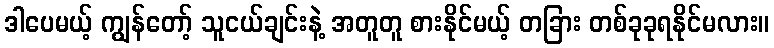
ဒါပေမယ့် ကျွန်တော့် သူငယ်ချင်းနဲ့ အတူတူ စားနိုင်မယ့် တခြား တစ်ခုခုရနိုင်မလား။